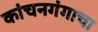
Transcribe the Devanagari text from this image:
कांचनगंगाचा